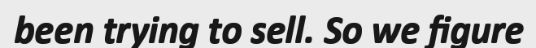
been trying to sell. So we figure